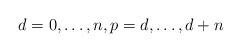
\begin{align*}d=0, \dots ,n, p=d, \dots , d+n \end{align*}